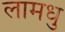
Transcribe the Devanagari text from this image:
लामधु